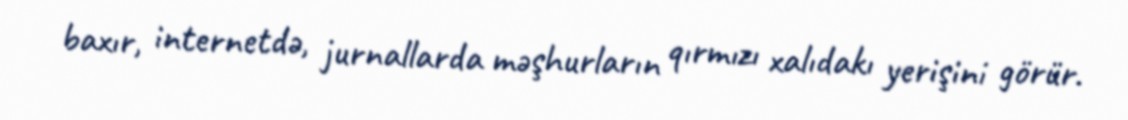
baxır, internetdə, jurnallarda məşhurların qırmızı xalıdakı yerişini görür.